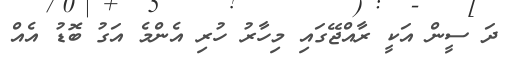
ދަ ސީން އަކީ ރާއްޖޭގައި މިހާރު ހުރި އެންމެ އަގު ބޮޑު އެއް